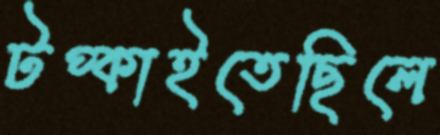
টপ্‌কাইতেছিলে